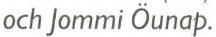
och Jommi Öunap.